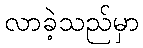
လာခဲ့သည်မှာ